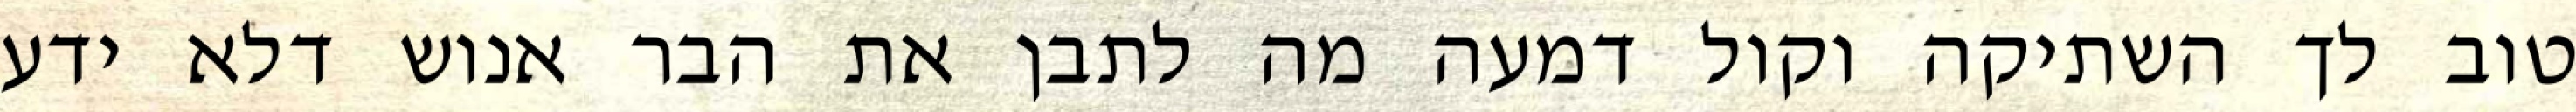
טוב לך השתיקה וקול דמעה מה לתבן את הבר אנוש דלא ידע